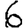
Digit: 6